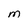
Character: M